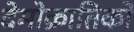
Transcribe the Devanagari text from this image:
देमोक्रातिको